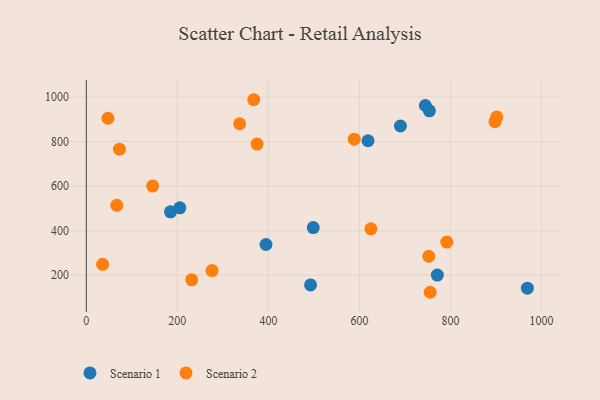
{"axis": {"x": "Engine Size", "y": "Salary"}, "legend": ["Scenario 1", "Scenario 2"], "data": [{"x": "968.9", "y": 142.1, "type": "Scenario 1"}, {"x": "753.7", "y": 937.9, "type": "Scenario 1"}, {"x": "498.5", "y": 413.6, "type": "Scenario 1"}, {"x": "184.9", "y": 484.7, "type": "Scenario 1"}, {"x": "205.3", "y": 502.5, "type": "Scenario 1"}, {"x": "690.0", "y": 869.6, "type": "Scenario 1"}, {"x": "618.8", "y": 803.4, "type": "Scenario 1"}, {"x": "771.1", "y": 200.7, "type": "Scenario 1"}, {"x": "744.7", "y": 961.6, "type": "Scenario 1"}, {"x": "394.7", "y": 337.8, "type": "Scenario 1"}, {"x": "492.6", "y": 156.3, "type": "Scenario 1"}, {"x": "231.5", "y": 179.2, "type": "Scenario 2"}, {"x": "66.9", "y": 513.8, "type": "Scenario 2"}, {"x": "625.2", "y": 408.2, "type": "Scenario 2"}, {"x": "588.5", "y": 810.7, "type": "Scenario 2"}, {"x": "367.7", "y": 987.5, "type": "Scenario 2"}, {"x": "276.1", "y": 220.9, "type": "Scenario 2"}, {"x": "901.6", "y": 909.8, "type": "Scenario 2"}, {"x": "375.1", "y": 788.7, "type": "Scenario 2"}, {"x": "72.7", "y": 765.4, "type": "Scenario 2"}, {"x": "755.4", "y": 123.5, "type": "Scenario 2"}, {"x": "897.7", "y": 888.8, "type": "Scenario 2"}, {"x": "145.7", "y": 600.6, "type": "Scenario 2"}, {"x": "752.4", "y": 285.2, "type": "Scenario 2"}, {"x": "35.8", "y": 249.0, "type": "Scenario 2"}, {"x": "791.9", "y": 348.7, "type": "Scenario 2"}, {"x": "336.9", "y": 879.6, "type": "Scenario 2"}, {"x": "47.5", "y": 904.3, "type": "Scenario 2"}]}